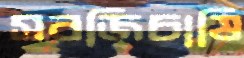
সবজিচাষি